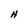
Character: H